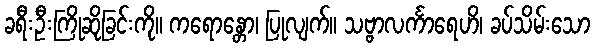
ခရီးဦးကြိုဆိုခြင်းကို။ ကရောန္တော၊ ပြုလျက်။ သဗ္ဗာလင်္ကာရေဟိ၊ ခပ်သိမ်းသော